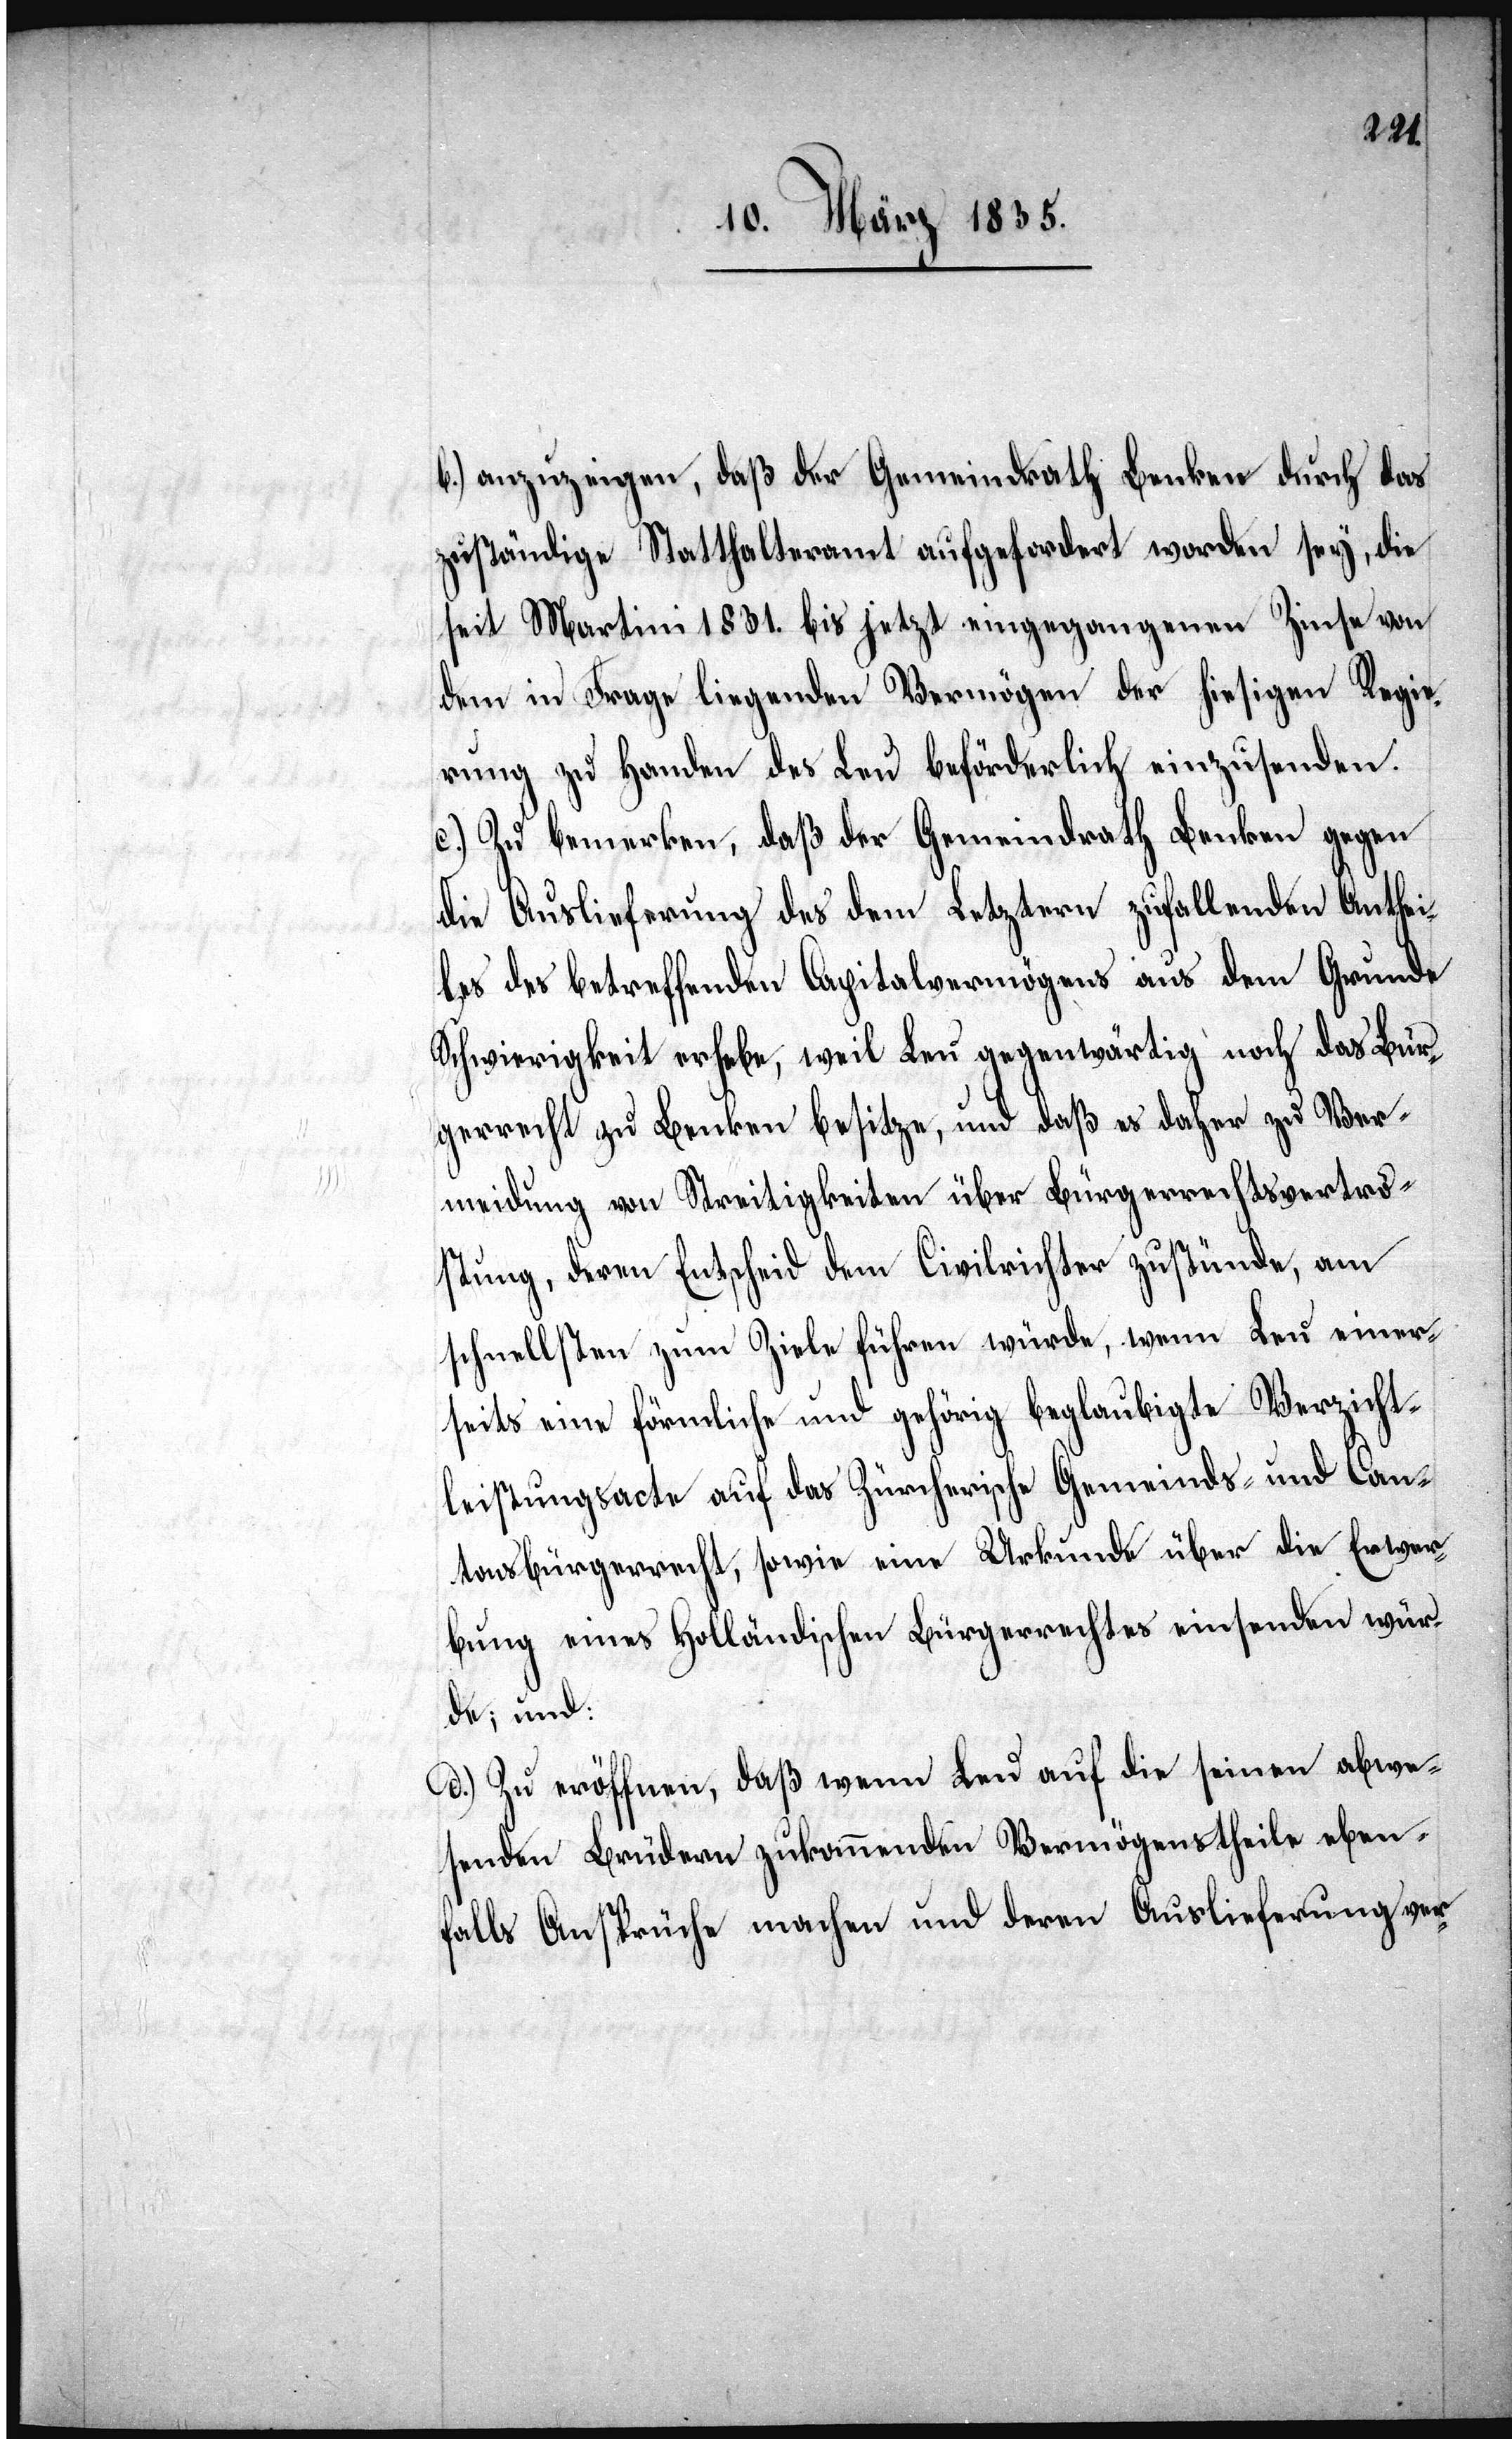
b.) anzuzeigen, daß der Gemeindrath Benken durch das
zuständige Statthalteramt aufgefordert worden sey, die
seit Martini 1831. bis jetzt eingegangenen Zinse von
dem in Frage liegenden Vermögen der hiesigen Regie¬
rung zu Handen des Leu beförderlich einzusenden.
c.) Zu bemerken, daß der Gemeindrath Benken gegen
die Auslieferung des dem Letztern zufallenden Anthei¬
les des betreffenden Capitalvermögens aus dem Grunde
Schwierigkeit erhebe, weil Leu gegenwärtig noch das Bür¬
gerrecht zu Benken besitze, und daß er daher zu Ver¬
meidung von Streitigkeiten über Bürgerrechtsvertro¬
stung, deren Entscheid dem Civilrichter zustünde, am
schnellsten zum Ziele führen würde, wenn Leu einer¬
seits eine förmliche und gehörig beglaubigte Verzicht¬
leistungsacte auf das Zürcherische Gemeinds- und Can¬
tonsbürgerrecht, sowie eine Urkunde über die Erwer¬
bung eines Holländischen Bürgerrechtes einsenden wür¬
de; und:
d.) Zu eröffnen, daß wenn Leu auf die seinen abwe¬
senden Brüdern zukommenden Vermögenstheile eben¬
falls Ansprüche machen und deren Auslieferung ver-